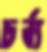
চর্ব্য